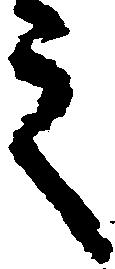
之